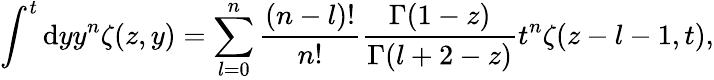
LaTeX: \int^{t}\mathrm{d}yy^{n}\zeta(z,y)=\sum_{l=0}^{n}\frac{{(n-l)!}}{{n!}}\frac{{\Gamma(1-z)}}{{\Gamma(l+2-z)}}t^{n}\zeta(z-l-1,t),